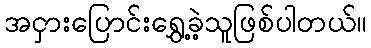
အငှားပြောင်းရွှေ့ခဲ့သူဖြစ်ပါတယ်။